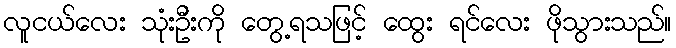
လူငယ်လေး သုံးဦးကို တွေ့ရသဖြင့် ထွေး ရင်လေး ဖိုသွားသည်။